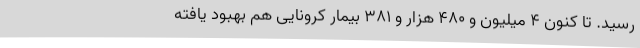
رسید. تا کنون ۴ میلیون و ۴۸۰ هزار و ۳۸۱ بیمار کرونایی هم بهبود یافته